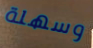
وسهلة